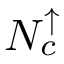
\ensuremath { N _ { c } ^ { \uparrow } }